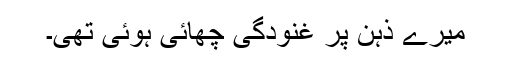
میرے ذہن پر غنودگی چھائی ہوئی تھی۔